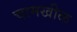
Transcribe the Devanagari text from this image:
चामखीळ